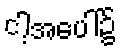
ငါ့အပေါ်၌